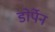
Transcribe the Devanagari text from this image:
डोर्पेन